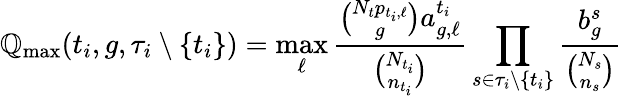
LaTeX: \mathbb{Q}_{\operatorname*{max}}({t_{i}},g,\tau_{i}\setminus\{ {t_{i}}\} )=\operatorname*{max}_{\ell}\frac{{\binom{N_{t}p_{{t_{i}},\ell}}{g}a_{g,\ell}^{t_{i}}}}{{\binom{N_{t_{i}}}{n_{t_{i}}}}}\prod_{s\in\tau_{i}\setminus\{ {t_{i}}\} }\frac{{b_{g}^{s}}}{{\binom{N_{s}}{n_{s}}}}